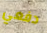
دفعي